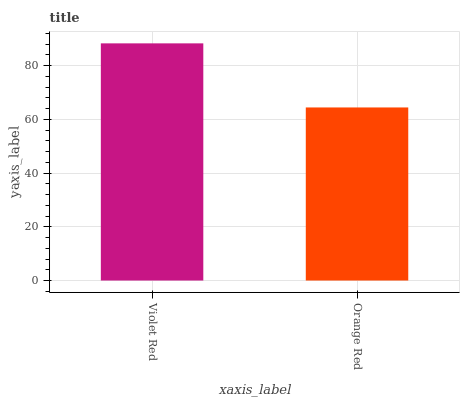
| xaxis_label | bars |
 | --- | --- |
 | Violet Red | 88.3 |
 | Orange Red | 64.5 |